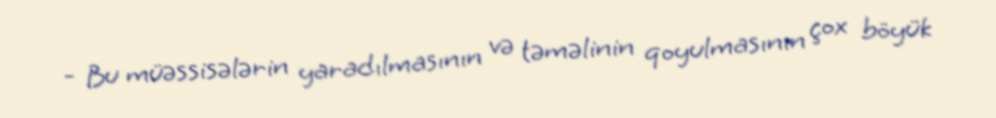
- Bu müəssisələrin yaradılmasının və təməlinin qoyulmasının çox böyük